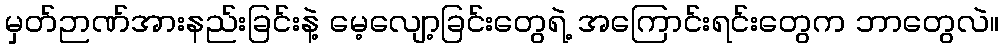
မှတ်ဉာဏ်အားနည်းခြင်းနဲ့ မေ့လျော့ခြင်းတွေရဲ့ အကြောင်းရင်းတွေက ဘာတွေလဲ။